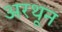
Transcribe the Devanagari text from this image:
अरथून